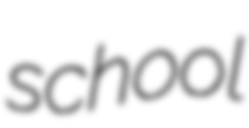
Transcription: school